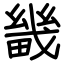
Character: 畿